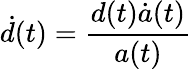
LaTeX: {\dot{d}}(t)={\frac{d(t){\dot{a}}(t)}{a(t)}}